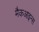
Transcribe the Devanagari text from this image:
मैकआइन्स